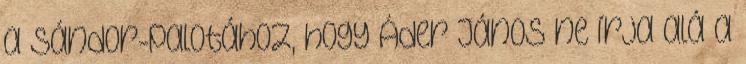
a Sándor-palotához, hogy Áder János ne írja alá a